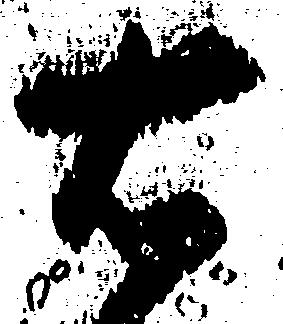
右